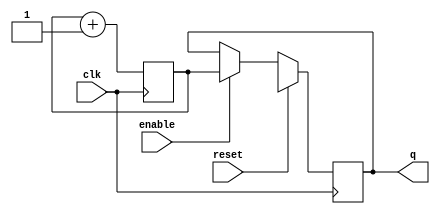
`timescale 1ns / 1ps
//////////////////////////////////////////////////////////////////////////////////
// Company: 
// Engineer: 
// 
// Design Name: 
// Module Name:    flop 
// Project Name: 
// Target Devices: 
// Tool versions: 
// Description: 
//
// Dependencies: 
//
// Revision: 
// Revision 0.01 - File Created
// Additional Comments: 
//
//////////////////////////////////////////////////////////////////////////////////
module p_counter(
    input enable,
    input clk,
    input reset,
  //  input [5:0] d,
    output reg [5:0] q
    );


	reg [5:0] temp = 6'b000000;//reg [31:0] main_addr;
	
//	Instruction_Memory FETCH(.pc(q),.read_data(main_addr));
	always@(posedge clk) begin
	if(reset == 1)
		q = 6'bX;
	else if(enable == 1)
		q = temp;
		temp = temp + 1'b1;
	end
	
endmodule